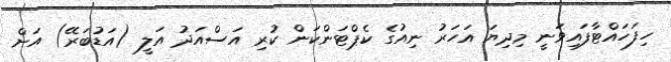
ހިފަހައްޓާފައިވަނީ މިދިޔަ އަހަރު ނިއުގެ ކެޕްޓަންކަން ކުރި އަސްއަދު އަލީ (އަޑުބަރޭ) އަށް